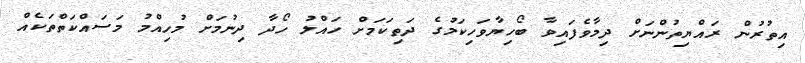
އިތުރުން ރައްޔިތުންނަށް ދިމާވެފައިވާ ބޯހިޔާވަހިކަމުގެ ދަތިކަމަށް ހައްލު ހޯދާ ދިނުމަށް މުހިއްމު މަސައްކަތްތަކެއް